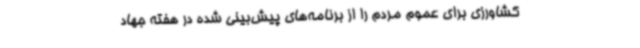
کشاورزی برای عموم مردم را از برنامه‌های پیش‌بینی شده در هفته جهاد